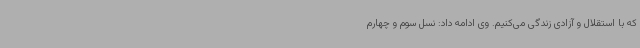
که با استقلال و آزادی زندگی می‌کنیم. وی ادامه داد: نسل سوم و چهارم